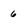
Character: 6